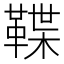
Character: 鞢